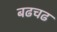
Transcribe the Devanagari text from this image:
बढचढ